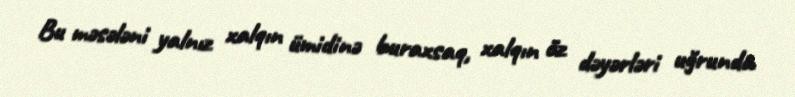
Bu məsələni yalnız xalqın ümidinə buraxsaq, xalqın öz dəyərləri uğrunda